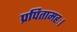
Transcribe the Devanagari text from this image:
प्रपितामहः।